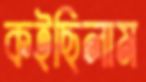
কইছিলাম